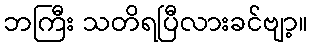
ဘကြီး သတိရပြီလားခင်ဗျာ့။